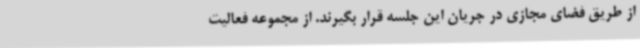
از طریق فضای مجازی در جریان این جلسه قرار بگیرند. از مجموعه فعالیت